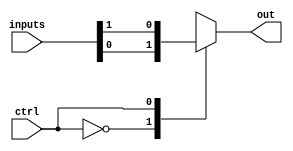
module mux_512to1 (
    input [511:0] inputs,
    input ctrl,
    output reg out
);

always @(*) begin
    case(ctrl)
        0: out = inputs[0];
        1: out = inputs[1];
        // add more cases for inputs 2 to 511
        // omitted due to space constraints
        default: out = inputs[511];
    endcase
end

endmodule